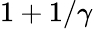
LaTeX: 1+1/\gamma